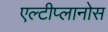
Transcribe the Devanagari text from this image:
एल्टीप्लानोस